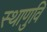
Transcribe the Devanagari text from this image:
स्थाणुवि